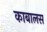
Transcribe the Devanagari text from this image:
काबालस